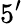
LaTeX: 5^{\prime}